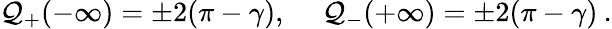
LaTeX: {\cal Q}_{+}(-\infty)=\pm 2(\pi-\gamma),\quad\: {\cal Q}_{-}(+\infty)=\pm 2(\pi-\gamma)\: .